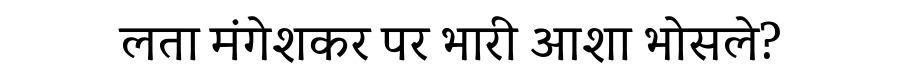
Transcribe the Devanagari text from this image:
लता मंगेशकर पर भारी आशा भोसले?